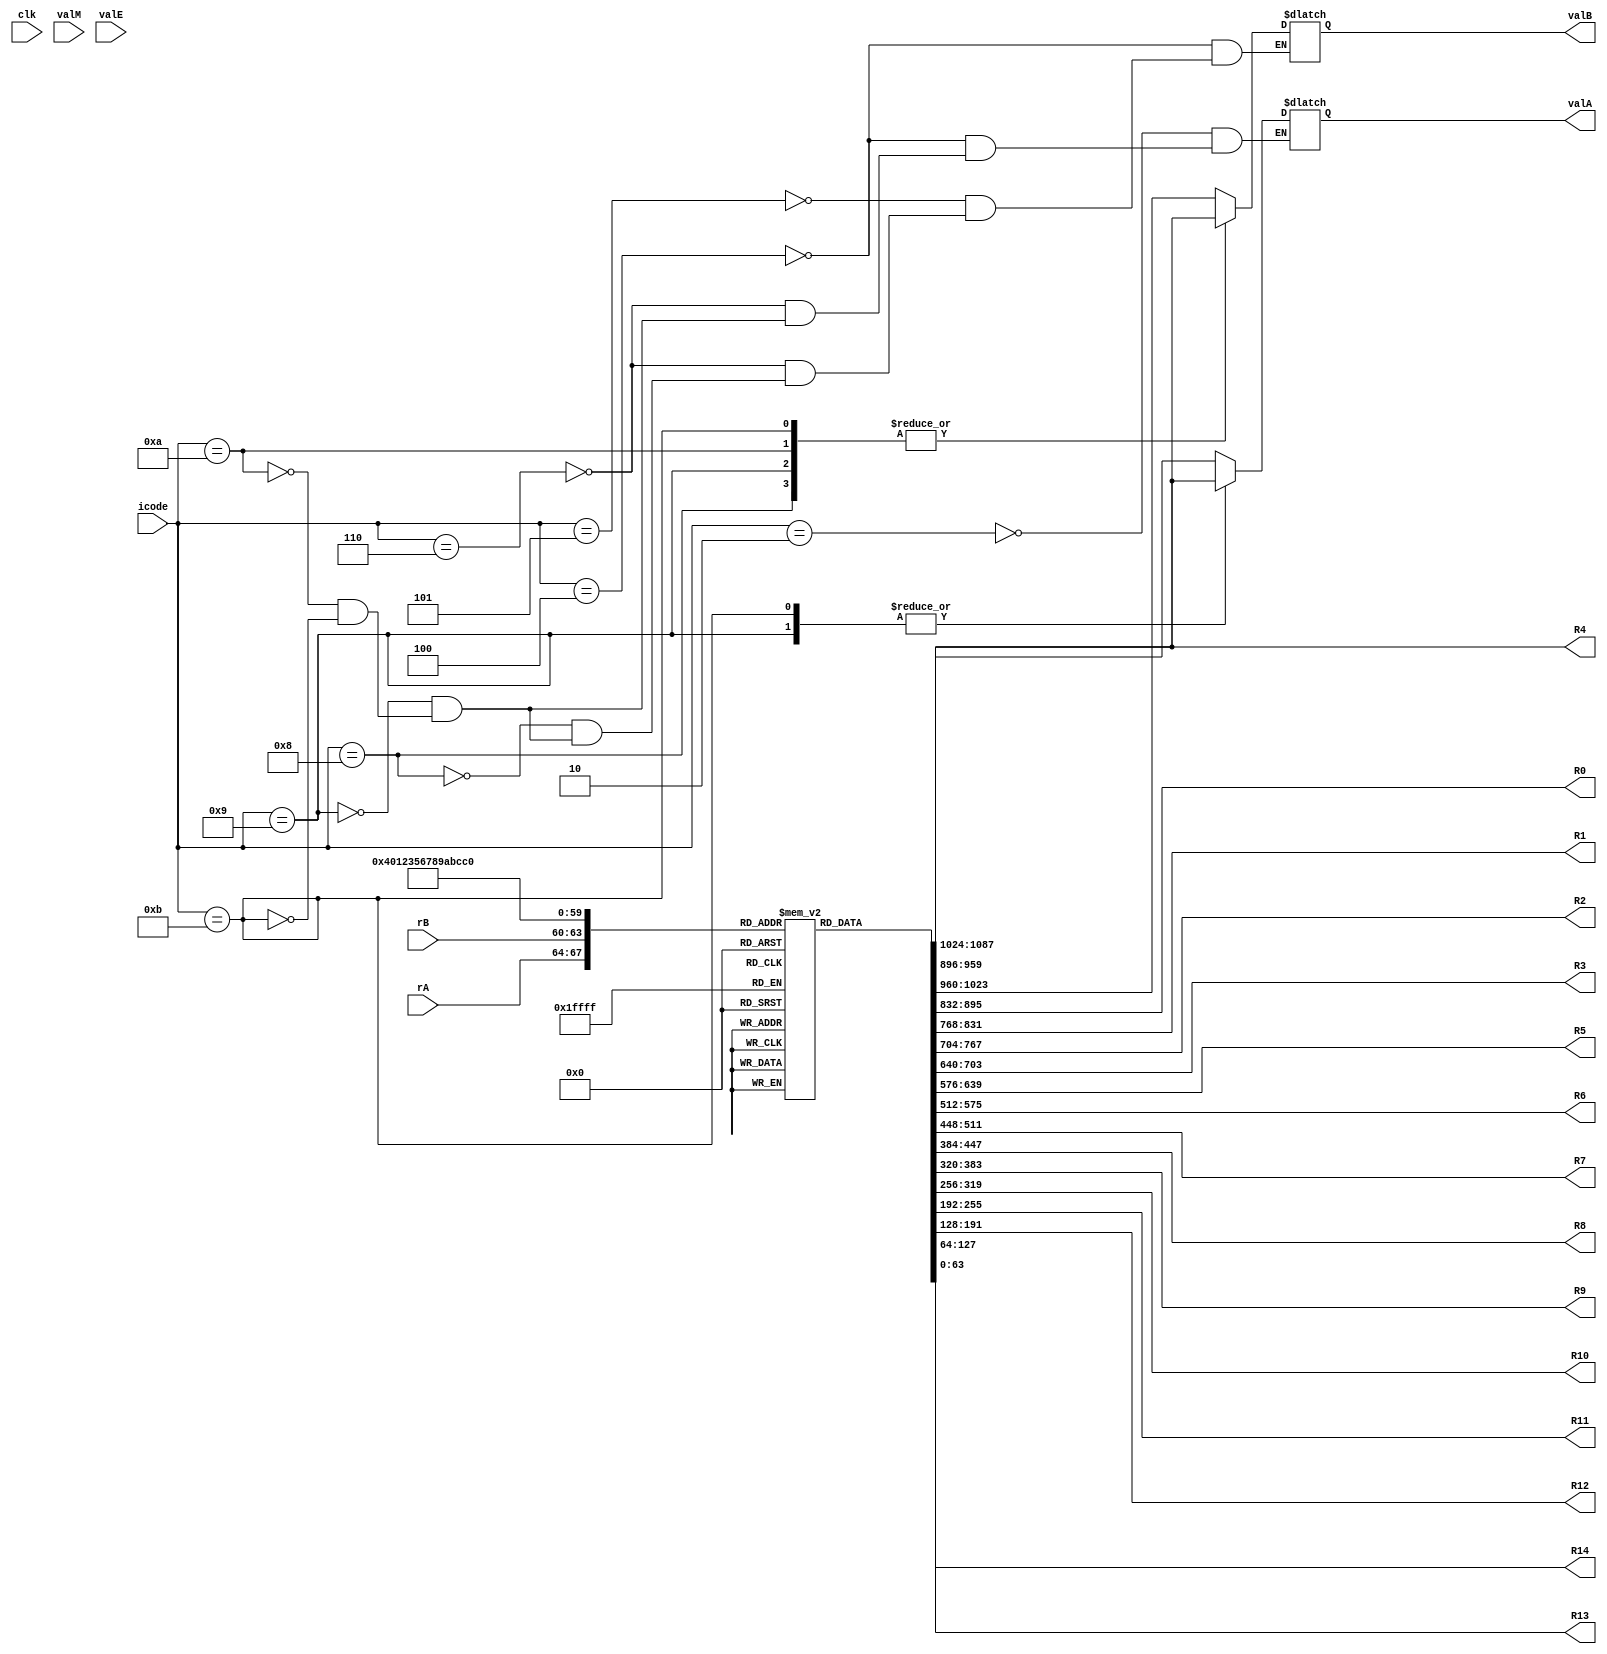
`timescale 1ns / 1ps

module docode(clk, icode, valA, valB, valM, valE, rA, rB,
 R0, R1, R2, R3, R4, R5, R6, R7, R8, R9, R10, R11, R12, R13, R14);
    input [3:0] icode;
    input clk;
    input [63:0] valM, valE;
    input [3:0] rA, rB;
    output reg [63:0] valA, valB;
    output reg [63:0] R0, R1, R2, R3, R4, R5, R6, R7, R8, R9, R10, R11, R12, R13, R14;

    reg [63:0] RegMem[0:14];

    initial begin
        RegMem[0]=64'd0;
        RegMem[1]=64'd0;
        RegMem[2]=64'd0;
        RegMem[3]=64'd0;
        RegMem[4]=64'd0;
        RegMem[5]=64'd0;
        RegMem[6]=64'd0;
        RegMem[7]=64'd0;
        RegMem[8]=64'd0;
        RegMem[9]=64'd0;
        RegMem[10]=64'd0;
        RegMem[11]=64'd0;
        RegMem[12]=64'd0;
        RegMem[13]=64'd0;
        RegMem[14]=64'd0;
    end

    always@(*)
    begin
        case(icode)
            4'b0010: 
                valA = RegMem[rA];

            4'b0100:
            begin
                valA = RegMem[rA];
                valB = RegMem[rB];
            end

            4'b0101:
                valB = RegMem[rB];

            4'b0110:
            begin
                valA = RegMem[rA];
                valB = RegMem[rB];
            end

            4'b1000:
                valB = RegMem[4];

            4'b1001:
            begin
                valA = RegMem[4];
                valB = RegMem[4];
            end

            4'b1010:
            begin
                valA = RegMem[rA];
                valB = RegMem[4];
            end

            4'b1011:
            begin
                valA = RegMem[4];
                valB = RegMem[4];
            end

        endcase
        R0 = RegMem[0];
        R1 = RegMem[1];
        R2 = RegMem[2];
        R3 = RegMem[3];
        R4 = RegMem[4];
        R5 = RegMem[5];
        R6 = RegMem[6];
        R7 = RegMem[7];
        R8 = RegMem[8];
        R9 = RegMem[9];
        R10 = RegMem[10];
        R11 = RegMem[11];
        R12 = RegMem[12];
        R13 = RegMem[13];
        R14 = RegMem[14];
    end

endmodule